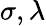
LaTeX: \sigma,\lambda